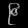
Digit: ၉